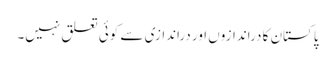
پاکستان کا دراندازوں اور دراندازی سے کوئی تعلق نہیں۔